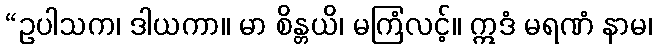
“ဥပါသက၊ ဒါယကာ။ မာ စိန္တယိ၊ မကြံလင့်။ ဣဒံ မရဏံ နာမ၊